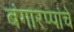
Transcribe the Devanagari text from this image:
बंगारप्पांचे